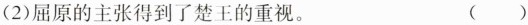
(2)屈原的主张得到了楚王的重视。 ()